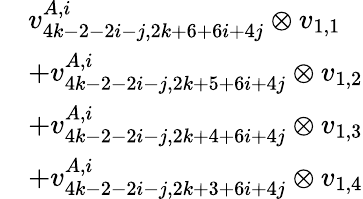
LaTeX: \begin{array}{rl}&{v_{4k-2-2i-j,2k+6+6i+4j}^{A,i}\otimes v_{1,1}}\\ &{+v_{4k-2-2i-j,2k+5+6i+4j}^{A,i}\otimes v_{1,2}}\\ &{+v_{4k-2-2i-j,2k+4+6i+4j}^{A,i}\otimes v_{1,3}}\\ &{+v_{4k-2-2i-j,2k+3+6i+4j}^{A,i}\otimes v_{1,4}}\end{array}